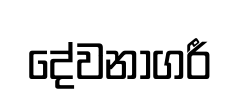
දේවනාගරී